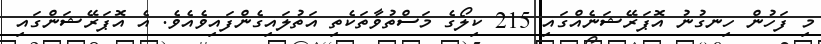
މި ފަހުން ހިނގުނު އޮޕަރޭޝަނެއްގައި 215 ކިލޯގެ މަސްތުވާތަކެތި އަތުލައިގެންފައިވެއެވެ. އެ އޮޕަރޭޝަންގައި